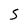
Character: S